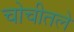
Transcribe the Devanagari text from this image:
चोचीतले